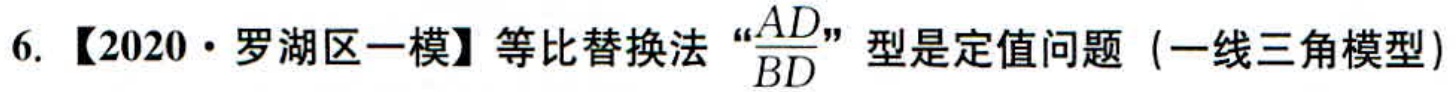
6. 【2020·罗湖区一模】等比替换法“\(\frac{AD}{BD}\)”型是定值问题（一线三角模型）